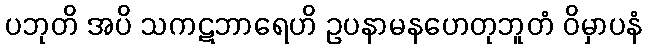
ပဘုတိ အပိ သကဋဘာရေဟိ ဥပနာမနဟေတုဘူတံ ဝိမှာပနံ